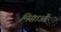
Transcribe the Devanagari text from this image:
मिसाओ